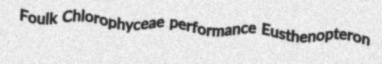
Foulk Chlorophyceae performance Eusthenopteron